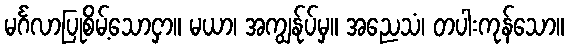
မင်္ဂလာပြုစိမ့်သောငှာ။ မယာ၊ အကျွန်ုပ်မှ။ အညေသံ၊ တပါးကုန်သော။